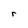
Character: r